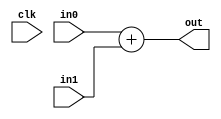
`timescale 1ns / 1ps
//////////////////////////////////////////////////////////////////////////////////
// Company: 
// Engineer: 
// 
// Design Name: 
// Module Name:    Adder 
// Project Name: 
// Target Devices: 
// Tool versions: 
// Description: 
//
// Dependencies: 
//
// Revision: 
// Revision 0.01 - File Created
// Additional Comments: 
//
//////////////////////////////////////////////////////////////////////////////////
module Adder#(parameter DATA_WIDTH = 32)(out,in0,in1,clk);

	output reg [31:0] out;
	input [31:0] in0,in1;
	input clk;
	
	always @ (*) begin
			out = in0 + in1;
	end	
endmodule